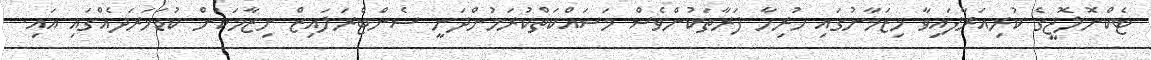
ޓެކްނޮލޮޖީގެ ކުރިއަރާފައިވާ މިޒަމާނުގައި ހުރިހާ ފަރާތަކުންވެސް މަސައްކަތްކުރަމުންދަނީ ސެންޓްރަލައިޒް ނިޒާމަކުން ކުޑަޚަރަދެއްގައި އައި.